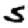
Digit: 5